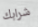
شرابك